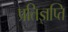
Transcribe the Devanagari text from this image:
प्रतिज्ञप्ति